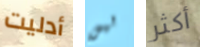
أدليت ليس أكثر